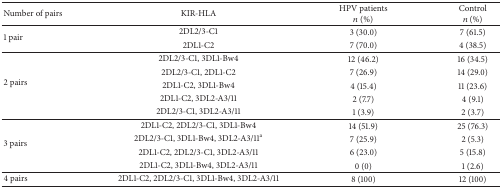
| Number of pairs | KIR-HLA | HPV patients n (%) | Control n (%) |
 | --- | --- | --- | --- |
 | <ROWSPAN=2> 1 pair | 2DL2/3-C1 | 3 (30.0) | 7 (61.5) |
 | 2DL1-C2 | 7 (70.0) | 4 (38.5) |
 | <ROWSPAN=5> 2 pairs | 2DL2/3-C1, 3DL1-Bw4 | 12 (46.2) | 16 (34.5) |
 | 2DL2/3-C1, 2DL1-C2 | 7 (26.9) | 14 (29.0) |
 | 2DL1-C2, 3DL1-Bw4 | 4 (15.4) | 11 (23.6) |
 | 2DL1-C2, 3DL2-A3/11 | 2 (7.7) | 4 (9.1) |
 | 2DL2/3-C1, 3DL2-A3/11 | 1 (3.9) | 2 (3.7) |
 | <ROWSPAN=4> 3 pairs | 2DL1-C2, 2DL2/3-C1, 3DL1-Bw4 | 14 (51.9) | 25 (76.3) |
 | 2DL2/3-C1, 3DL1-Bw4, 3DL2-A3/11a | 7 (25.9) | 2 (5.3) |
 | 2DL1-C2, 2DL2/3-C1, 3DL2-A3/11 | 6 (23.0) | 5 (15.8) |
 | 2DL1-C2, 3DL1-Bw4, 3DL2-A3/11 | 0 (0) | 1 (2.6) |
 | 4 pairs | 2DL1-C2, 2DL2/3-C1, 3DL1-Bw4, 3DL2-A3/11 | 8 (100) | 12 (100) |